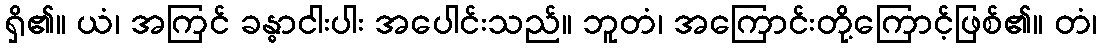
ရှိ၏။ ယံ၊ အကြင် ခန္ဓာငါးပါး အပေါင်းသည်။ ဘူတံ၊ အကြောင်းတို့ကြောင့်ဖြစ်၏။ တံ၊